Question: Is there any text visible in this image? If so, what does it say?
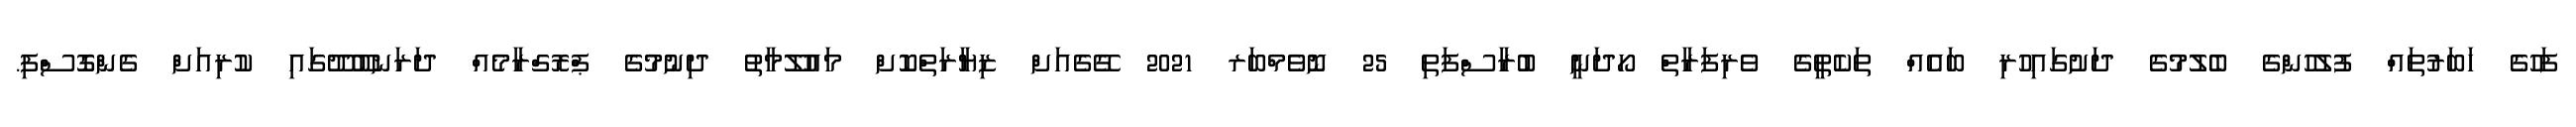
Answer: ފަހުގެ ހަބަރުތައް ފުލުހުންގެ ބެލުމުގެ ދަށުގައިހުރި ބައެއް ތަކެތީގެ ވެރިފަރާތް ހޯދަނީ ބުރާސްފަތި 25 ނޮވެމްބަރ 2021 ގޭގެއަށް ޒިޔާރަތްކޮށް މައުލޫމާތު ދިނުމުގެ ޕްރޮގްރާމެއް ދަރަނބޫދޫގައި ކުރިއަށް ގެންގޮސްފި.